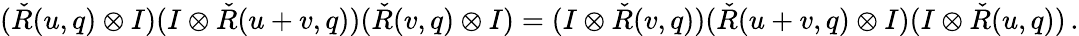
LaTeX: (\check{R}(u,q)\otimes I)(I\otimes\check{R}(u+v,q))(\check{R}(v,q)\otimes I)=(I\otimes\check{R}(v,q))(\check{R}(u+v,q)\otimes I)(I\otimes\check{R}(u,q))\, .